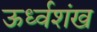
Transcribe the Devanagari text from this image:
ऊर्ध्वशंख